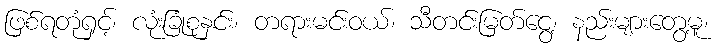
ဖြစ်ရတုံရှင့်၊ လုံးခြုံစုနှင်း၊ တရားမင်းဝယ်၊ သီတင်းမြတ်ငွေ့၊ နည်းများတွေ့မူ၊